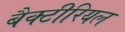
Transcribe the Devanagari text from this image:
बैक्‍टीरियल